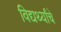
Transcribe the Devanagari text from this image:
विद्यर्थ्यांचे